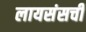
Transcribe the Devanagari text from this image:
लायसंसची